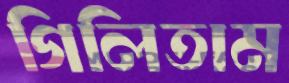
গিলিতাম